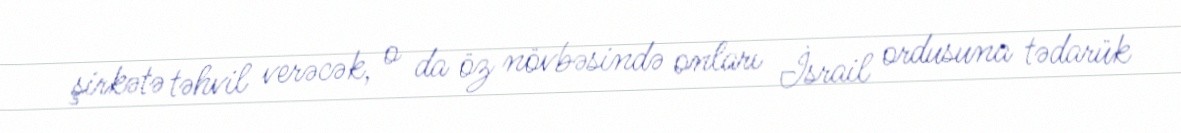
şirkətə təhvil verəcək, o da öz növbəsində onları İsrail ordusuna tədarük